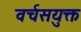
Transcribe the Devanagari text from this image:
वर्चसयुक्त